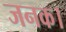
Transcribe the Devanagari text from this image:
जनक।